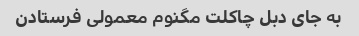
به جای دبل چاکلت مگنوم معمولی فرستادن